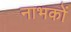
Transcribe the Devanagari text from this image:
नाभकों